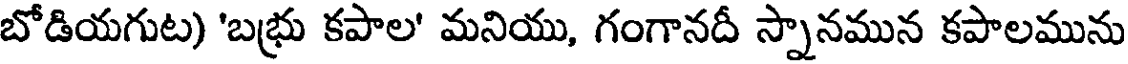
బోడియగుట) 'బభ్రు కపాల' మనియు, గంగానదీ స్నానమున కపాలమును